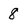
Character: 8